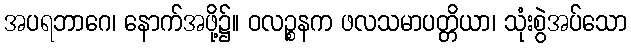
အပရဘာဂေ၊ နောက်အဖို့၌။ ဝလဉ္စနက ဖလသမာပတ္တိယာ၊ သုံးစွဲအပ်သော